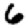
Digit: 6